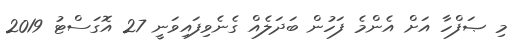
މި ޞަފްހާ އަށް އެންމެ ފަހުން ބަދަލެއް ގެނެވިފައިވަނީ 27 އޮގަސްޓު 2019